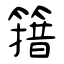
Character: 簎